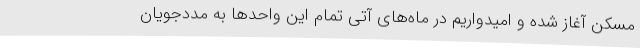
مسکن آغاز شده و امیدواریم در ماه‌های آتی تمام این واحدها به مددجویان